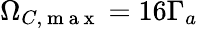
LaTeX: \Omega_{C,\mathrm{~m~a~x~}}=16\Gamma_{a}